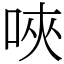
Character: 唊